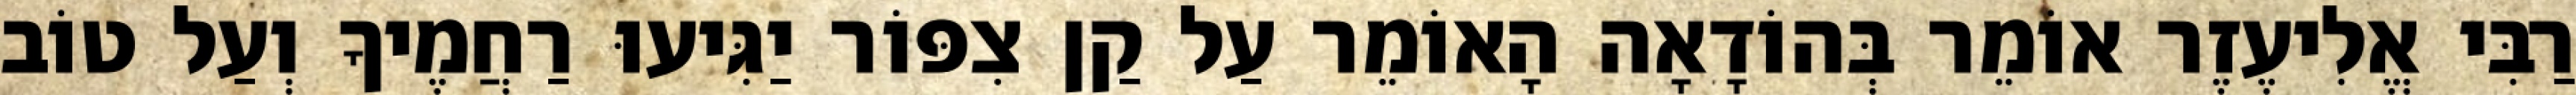
רַבִּי אֱלִיעֶזֶר אוֹמֵר בְּהוֹדָאָה הָאוֹמֵר עַל קַן צִפּוֹר יַגִּיעוּ רַחֲמֶיךָ וְעַל טוֹב